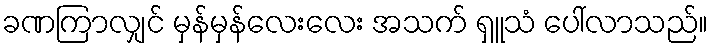
ခဏကြာလျှင် မှန်မှန်လေးလေး အသက် ရှူသံ ပေါ်လာသည်။